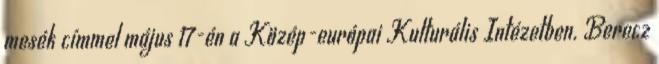
mesék címmel május 17-én a Közép-európai Kulturális Intézetben. Berecz